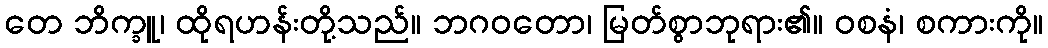
တေ ဘိက္ခူ၊ ထိုရဟန်းတို့သည်။ ဘဂဝတော၊ မြတ်စွာဘုရား၏။ ဝစနံ၊ စကားကို။